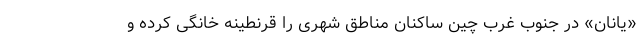
«یانان» در جنوب غرب چین ساکنان مناطق شهری را قرنطینه خانگی کرده و